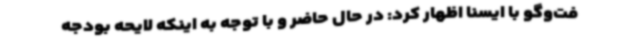
فت‌وگو با ایسنا اظهار کرد: در حال حاضر و با توجه به اینکه لایحه بودجه